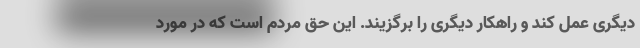
دیگری عمل کند و راهکار دیگری را برگزیند. این حق مردم است که در مورد